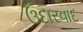
ઉદારવાદ